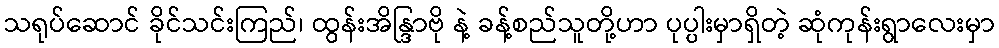
သရုပ်ဆောင် ခိုင်သင်းကြည်၊ ထွန်းအိန္ဒြာဗို နဲ့ ခန့်စည်သူတို့ဟာ ပုပ္ပါးမှာရှိတဲ့ ဆုံကုန်းရွာလေးမှာ